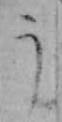
う